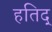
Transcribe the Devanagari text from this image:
हतिद्